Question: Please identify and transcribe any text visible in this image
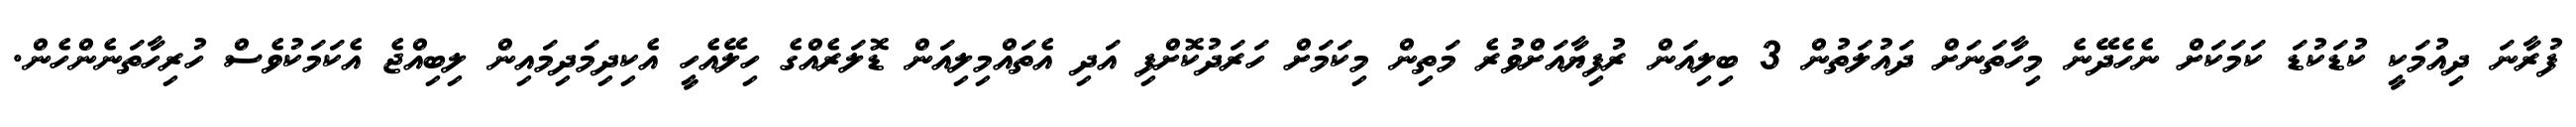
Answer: ފުރާނަ ދިއުމަކީ ކުޑަކުޑަ ކަމަކަށް ނެހެދޭނެ މިހާތަނަށް ދައުލަތުން 3 ބިލިއަން ރުފިޔާއަށްވުރެ މަތިން މިކަމަށް ހަރަދުކޮށްފި އަދި އެތައްމިލިއަން ޑޮލަރެއްގެ ހިލޭއެހީ އެކިދިމަދިމައިން ލިބިއްޖެ އެކަމަކުވެސް ހުރިހާތަނެންހެން.